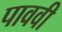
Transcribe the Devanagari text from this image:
पाववी